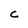
Character: c